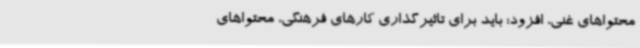
محتواهای غنی، افزود: باید برای تاثیرگذاری کارهای فرهنگی، محتواهای